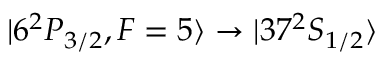
\vert 6 ^ { 2 } P _ { 3 / 2 } , F = 5 \rangle \rightarrow \vert 3 7 ^ { 2 } S _ { 1 / 2 } \rangle